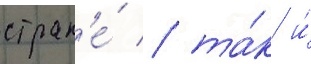
стран'е́ / та́к и́